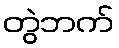
တွဲဘက်